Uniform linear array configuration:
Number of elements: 64
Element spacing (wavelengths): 0.75
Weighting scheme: uniform
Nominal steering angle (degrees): -15
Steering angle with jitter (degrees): -15.024
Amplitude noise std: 0.05
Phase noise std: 0.05

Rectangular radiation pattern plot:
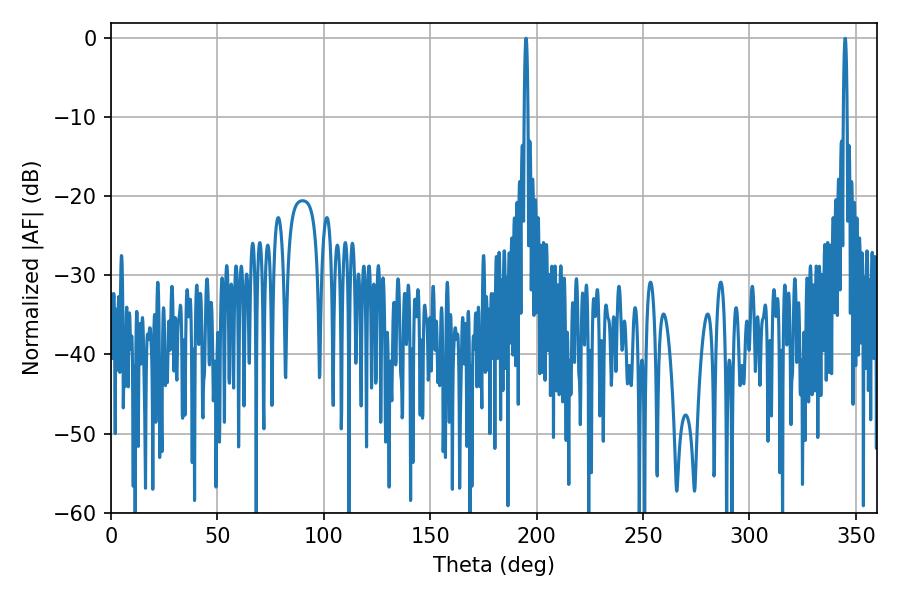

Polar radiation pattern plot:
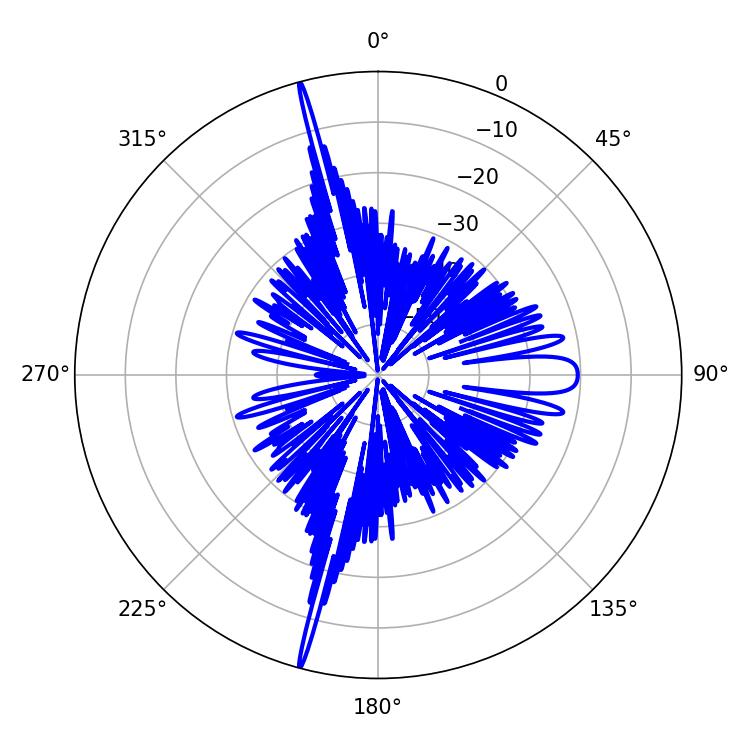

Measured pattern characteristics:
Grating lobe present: TRUE
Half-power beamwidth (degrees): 0.9
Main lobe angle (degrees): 194.94